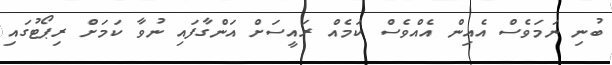
ބުނި ނަމަވެސް އެއިން އެއްވެސް ކަމެއް ރައީސަށް އަންގާފައި ނުވާ ކަމަށް ރިޕޯޓުގައި